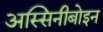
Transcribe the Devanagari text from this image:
अस्सिनीबोइन